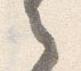
之